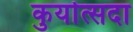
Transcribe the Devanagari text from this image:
कुर्यात्सदा